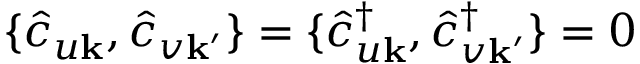
\{ \hat { c } _ { u \mathbf { k } } , \hat { c } _ { v \mathbf { k ^ { \prime } } } \} = \{ \hat { c } _ { u \mathbf { k } } ^ { \dagger } , \hat { c } _ { v \mathbf { k ^ { \prime } } } ^ { \dagger } \} = 0